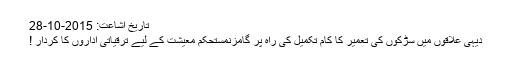
تاریخ اشاعت: 2015-10-28
دیہی علاقوں میں سڑکوں کی تعمیر کا کام تکمیل کی راہ پر گامزنمستحکم معیشت کے لیے ترقیاتی اداروں کا کردار !